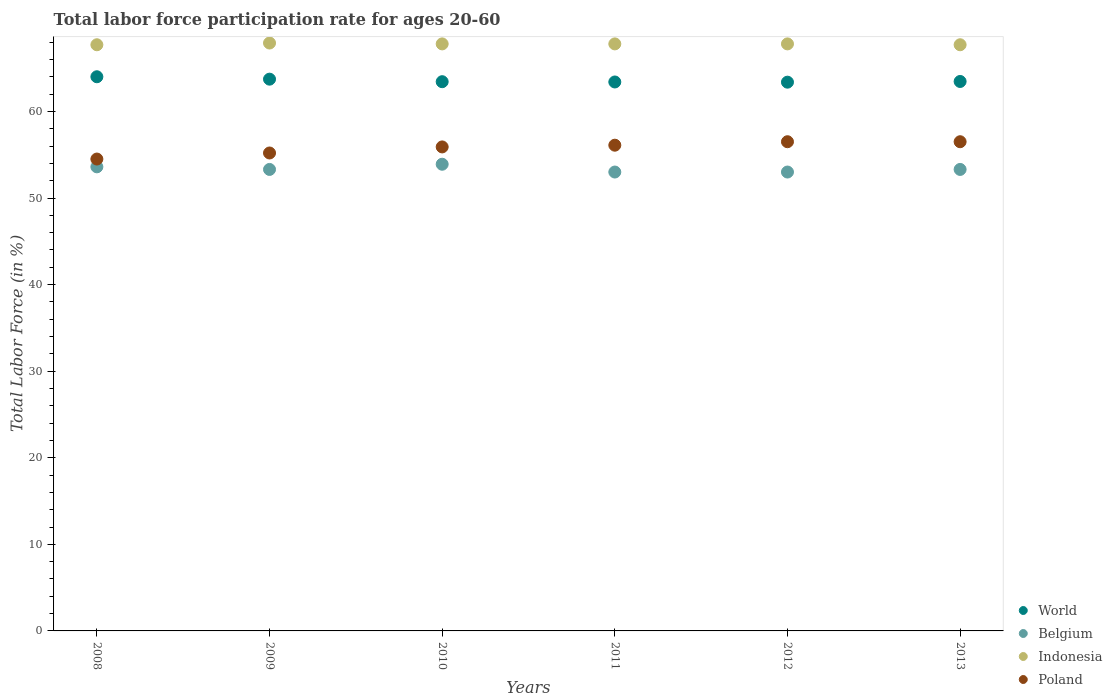
| Years | World | Belgium | Indonesia | Poland |
 | --- | --- | --- | --- | --- |
 | 2008 | 64 | 53.6 | 67.7 | 54.5 |
 | 2009 | 63.7 | 53.3 | 67.9 | 55.2 |
 | 2010 | 63.4 | 53.9 | 67.8 | 55.9 |
 | 2011 | 63.4 | 53 | 67.8 | 56.1 |
 | 2012 | 63.4 | 53 | 67.8 | 56.5 |
 | 2013 | 63.5 | 53.3 | 67.7 | 56.5 |